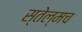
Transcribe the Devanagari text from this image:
स्तेल्मच